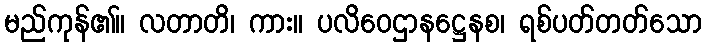
မည်ကုန်၏။ လတာတိ၊ ကား။ ပလိဝေဌာနဋ္ဌေနစ၊ ရစ်ပတ်တတ်သော